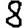
Digit: 8